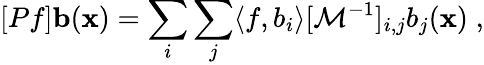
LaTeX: [Pf]{\mathbf b}({\mathbf x})=\sum_{i}\sum_{j}\langle f,b_{i}\rangle[{\cal M}^{-1}]_{i,j}b_{j}({\mathbf x})\; ,